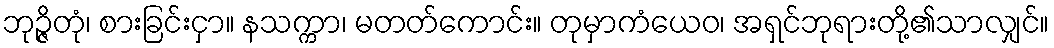
ဘုဉ္ဇိတုံ၊ စားခြင်းငှာ။ နသက္ကာ၊ မတတ်ကောင်း။ တုမှာကံယေဝ၊ အရှင်ဘုရားတို့၏သာလျှင်။